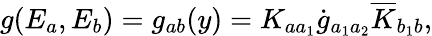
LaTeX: g(E_{a},E_{b})=g_{ab}(y)=K_{aa_{1}}\dot{g}_{a_{1}a_{2}}\overline{{{K}}}_{b_{1}b},